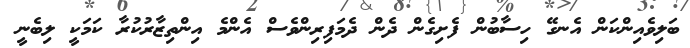
ބަލިވެއިންކަން އެނގޭ ހިސާބުން ފެށިގެން ދެން ދެމަފިރިންވެސް އެންމެ އިންތިޒާރުކުރާ ކަމަކީ ލިބެނީ